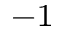
^ { - 1 }